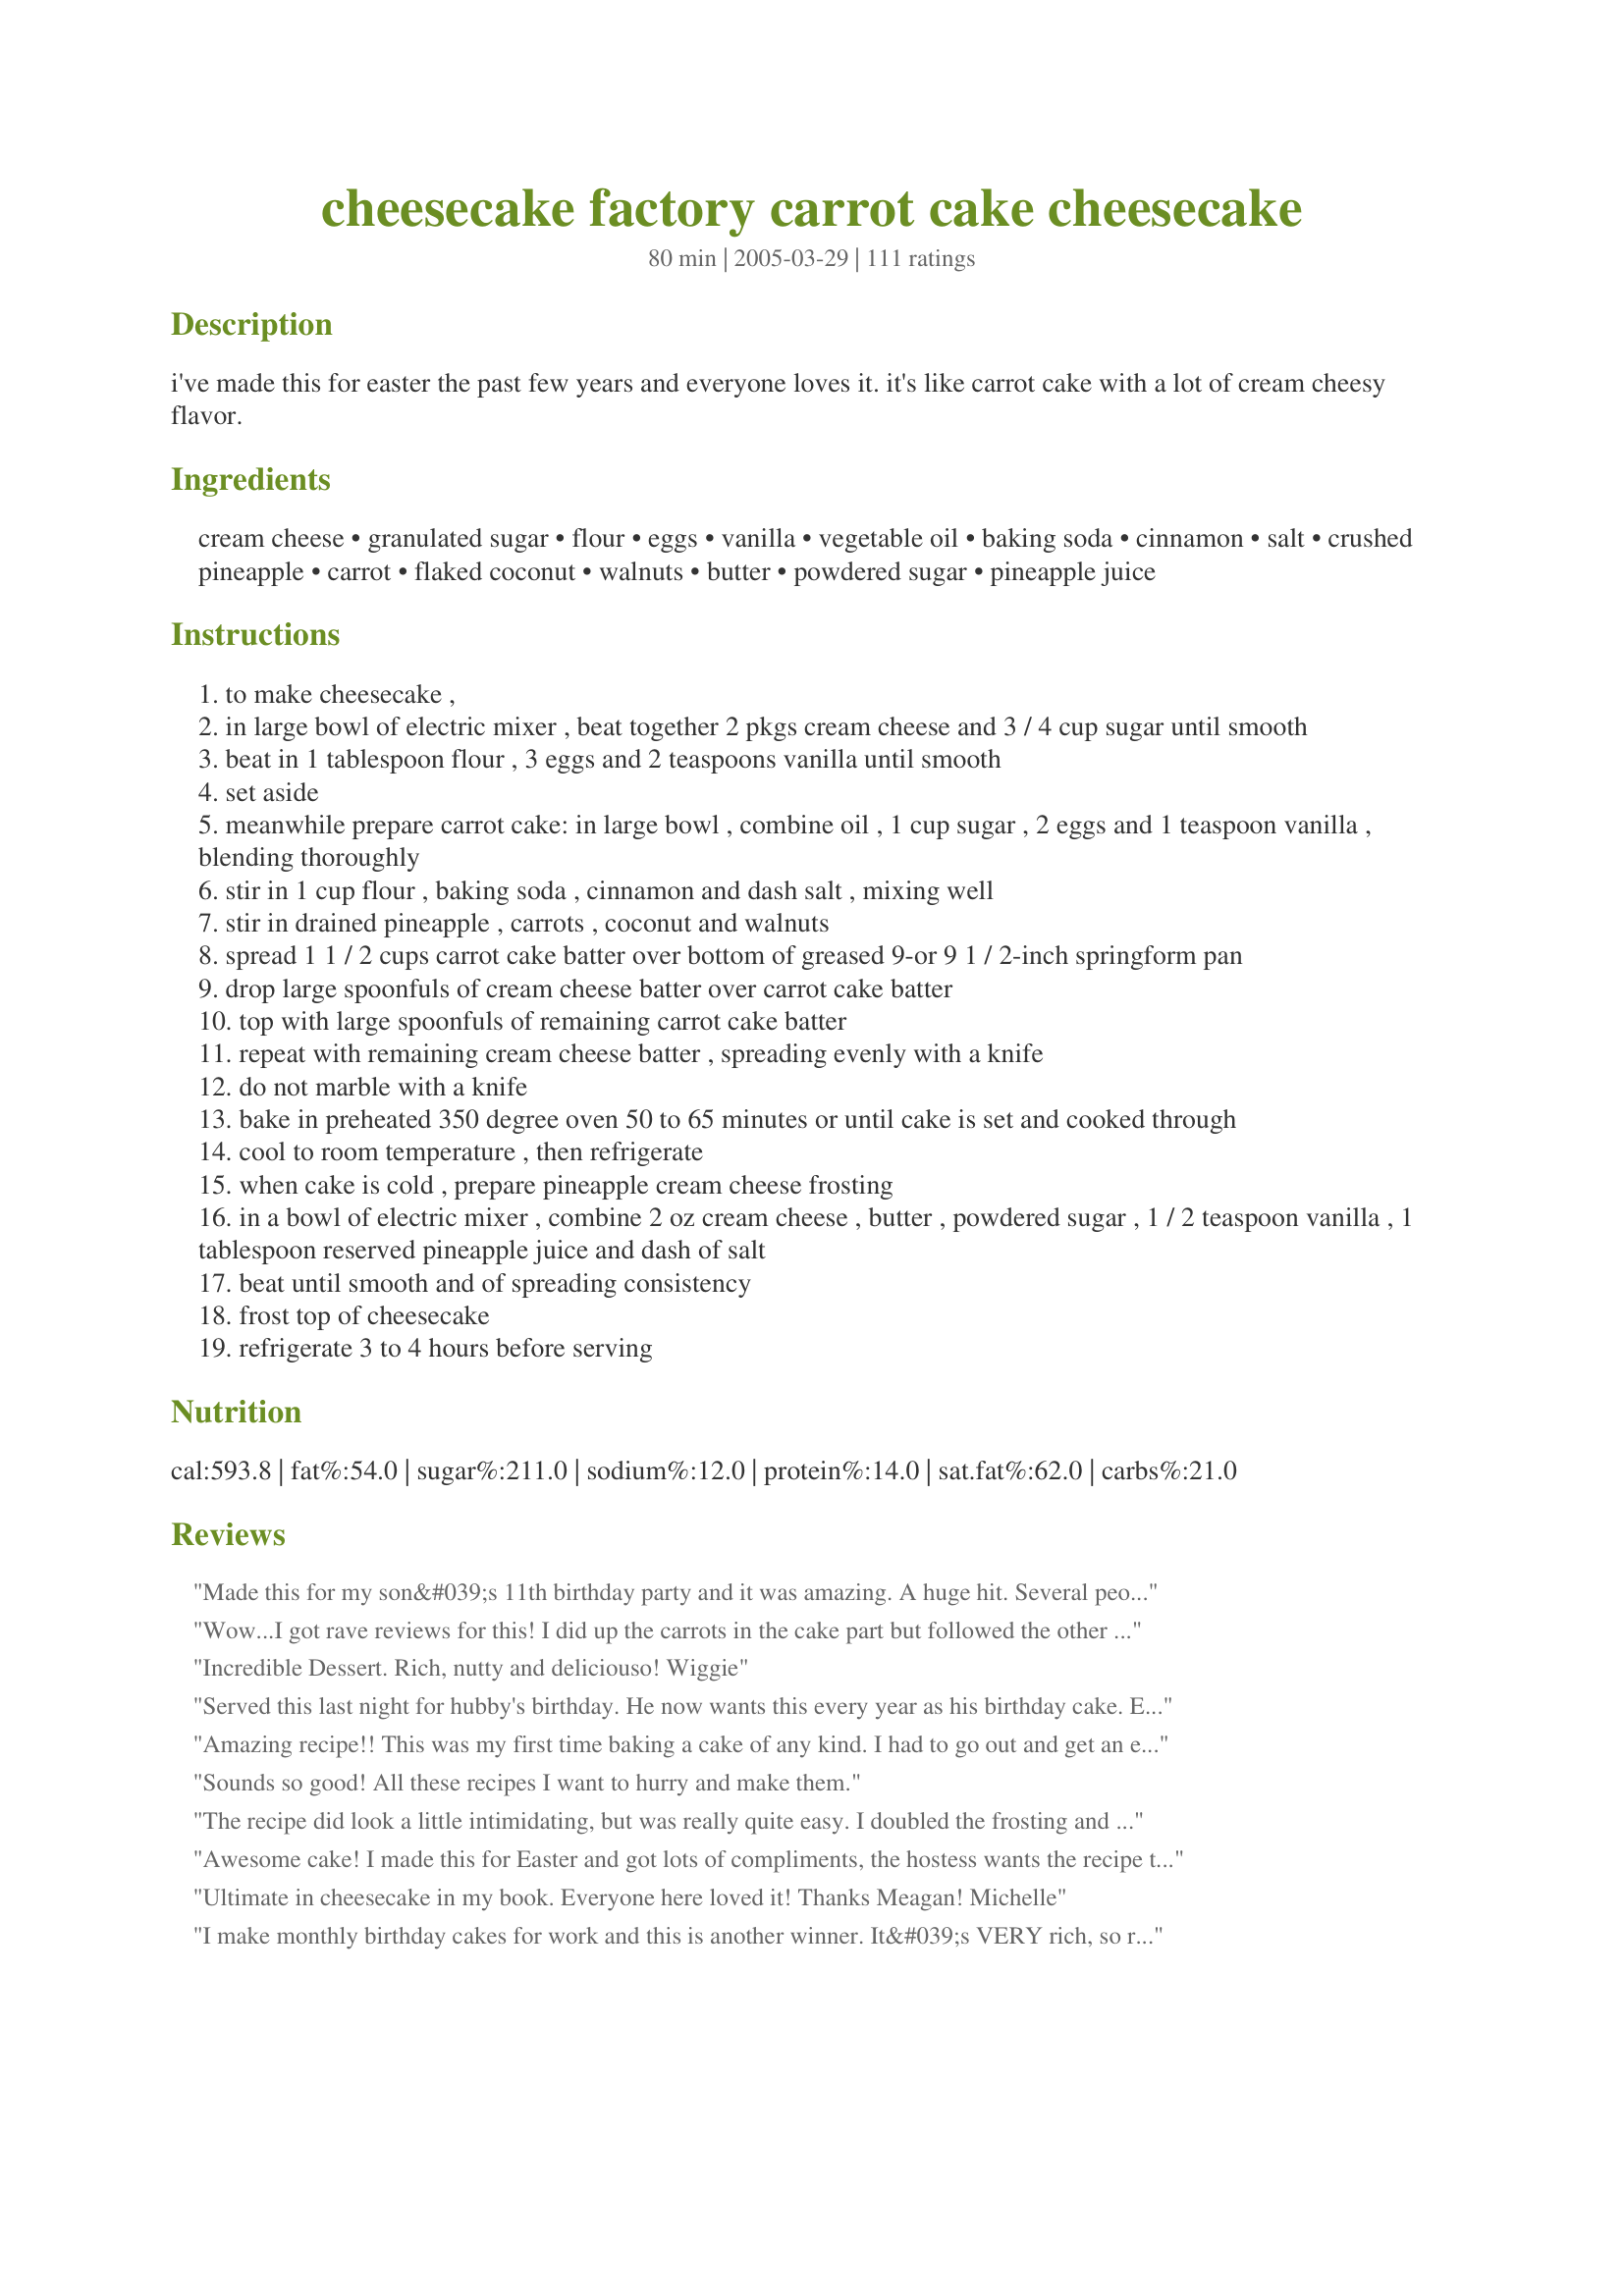
cheesecake factory carrot cake cheesecake
Preparation time: 80 minutes

i've made this for easter the past few years and everyone loves it. it's like carrot cake with a lot of cream cheesy flavor.

Ingredients:
cream cheese, granulated sugar, flour, eggs, vanilla, vegetable oil, baking soda, cinnamon, salt, crushed pineapple, carrot, flaked coconut, walnuts, butter, powdered sugar, pineapple juice

Steps:
to make cheesecake ,
in large bowl of electric mixer , beat together 2 pkgs cream cheese and 3 / 4 cup sugar until smooth
beat in 1 tablespoon flour , 3 eggs and 2 teaspoons vanilla until smooth
set aside
meanwhile prepare carrot cake: in large bowl , combine oil , 1 cup sugar , 2 eggs and 1 teaspoon vanilla , blending thoroughly
stir in 1 cup flour , baking soda , cinnamon and dash salt , mixing well
stir in drained pineapple , carrots , coconut and walnuts
spread 1 1 / 2 cups carrot cake batter over bottom of greased 9-or 9 1 / 2-inch springform pan
drop large spoonfuls of cream cheese batter over carrot cake batter
top with large spoonfuls of remaining carrot cake batter
repeat with remaining cream cheese batter , spreading evenly with a knife
do not marble with a knife
bake in preheated 350 degree oven 50 to 65 minutes or until cake is set and cooked through
cool to room temperature , then refrigerate
when cake is cold , prepare pineapple cream cheese frosting
in a bowl of electric mixer , combine 2 oz cream cheese , butter , powdered sugar , 1 / 2 teaspoon vanilla , 1 tablespoon reserved pineapple juice and dash of salt
beat until smooth and of spreading consistency
frost top of cheesecake
refrigerate 3 to 4 hours before serving

Reviews:
Made this for my son&#039;s 11th birthday party and it was amazing. A huge hit. Several people have asked me to make it for them for their next parties. I followed the recipe almost exactly. Only thing I changed was the temp to 300 and cooked for an hour then left in the oven another hour with it off. It was cooked just right! Will definitely make this again.
Wow...I got rave reviews for this! I did up the carrots in the cake part but followed the other ingredients as written. I did lighten it up a bit by using one pkg regular cream cheese & one light. I also baked it for 55 minutes, shut the oven off and left it for 3 or 4 hours...perfect!
Incredible Dessert. Rich, nutty and deliciouso! Wiggie
Served this last night for hubby's birthday. He now wants this every year as his birthday cake. Excellent! This is the first cheesecake I've ever made. I followed the recipe exactly and it turned out perfect. Thanks MissMeagan!
Amazing recipe!! This was my first time baking a cake of any kind. I had to go out and get an electric mixer, a cake pan and all of the ingredients but was it ever worth it! It sounded a little complicated and I was really unsure how this would turn out, but it was a huge hit. I followed the recipe to a T (which turned out to be a lot easier than it seemed) and it turned out better than I imagined! I brought it to a party and everyone loved it. Pretty much everyone had seconds and then were fighting over who got to take home what little was left. No one could believe it was my first time baking a cake. Thanks so much for sharing this recipe! This is definitely better than the Cheesecake Factory's!!
Sounds so good! All these recipes I want to hurry and make them.
The recipe did look a little intimidating, but was really quite easy. I doubled the frosting and frosted the sides as well. I then pressed chopped walnuts into the sides and sprinkled some on top. My DH loved it. He brought a piece to work, and someone actually stole it out of the fridge!
Awesome cake! I made this for Easter and got lots of compliments, the hostess wants the recipe too. It looks more complicated than it is...it's really one mixer bowl for the cheesecake part, and another bowl for the carrot cake part. Love that. I used 1/4 C applesauce and 1/2 C oil, and couldn't tell at all. I'd recommend baking at a slightly lower temp because for me the edges were very brown by the time the middle was just barely done so I ended up with a sunken center. For the frosting, I used 8 oz creamcheese, 1T butter, and about a cup of powdered sugar after seeing other reviews about the frosting being too sweet. I pressed chopped walnuts on the sides for a fancier presentation. Will make this for special occasions again for sure!!
Ultimate in cheesecake in my book. Everyone here loved it! Thanks Meagan! Michelle
I make monthly birthday cakes for work and this is another winner. It&#039;s VERY rich, so rich I can&#039;t eat much at a sitting (For work, where there are forty people on a given day, that&#039;s a good thing for me!). Everyone raved about it. Definitely going on my regular rotation.
Delicious! I left it on the oven when finished cooking, door closed, oven off. Other than that, I followed the recipe. I will definitely make again.
This was sooo good! Too bad I underbaked it so a huge chunk of it wasn't edible. Make sure you really cook it through! I didn't even put coconut, nuts and the frosting in but it tasted great (at least the edges where it was cooked :))
Unfortunately my family overall did not think this was the greatest. Everyone liked it, and my fiancee thought it was amazing, but the majority just thought it was ok. The recipe was actually pretty easy to make though!
This was very good and everyone liked it, but for me personally it was just a bit too much. I will still definitely make again though.
recipe looked harder than it is !! It's a great combination of a cheese cake and a carrot cake. I served this up to company, and everyone loved it. I did make a change on the topping, as I thought the frosting might be a little rich on cheesecake. I beat 2 8oz. cream cheese with 1 c. white sugar, then folded in an 8 oz. container of Cool Whip. It made a nice creamy topping that wasn't too sweet.
Very nice recipe Meagan!
This recipe is absolutely AMAZING and so easy!!!!!!! I received many compliments on it, some said I should start selling the cake:) Few minor changes, I baked the cake at 325 degrees for 1 hour. Then I turned the oven off, and let it sit in the oven with the door closed for about 45 minutes. I also added nutmeg and doubled the frosting and frosted the side of the cake as well. I cannot believe a cake this good could be so easy !!! Definitely try it out!!
This was a hit. I didn't have pineapple (minor oversight); I subbed a whole shredded, peeled apple and it was wonderful. I also added some nutmeg and a little ground ginger. Didn't make the topping. Thought it was plenty as is. Thanks for the post!
Sorry to go against the grain of what everyone else is saying here...but we found this to be "just okay"...
I made this cake and it was great. I always check the reviews before I start. That way I know where I might have to correct an ingredient. In this case, if you followed the recipe ingredients just as she wrote, the cake will come out fine. I changed the time and temperature and it came out great. The temperature was set at 315 for one and half hours. Perfect!
This is delicious! I used less sugar than the recipe called for, and I baked it at 325 for a little over an hour, but I think next time I might try 300 for even longer...the edges were too brown for my taste but I had to leave it in till the middle was done.
I have made this several times. I usually double the frosting part. It makes it even better! Sometimes it is marbled, and sometimes it is two different layers of cake and cheesecake. It is wonderful either way.
The moistest and most amazing dessert ever...!!!! Where has this been all my life!!!??????
A keeper!
Can this cake be frozen?
Why did I make this; now I can't stop eating it! Bad hand, down, down! So delicious, thank you for a great recipe. I also made this with soy cream cheese (Tofutti) and it tasted just like the real thing.
This looks OUTRAGEOUS! Will keep it in mind for the next time a Special Occaision calls for a Special Dessert! Looks divine...
OMG!! OMG!! OMG!! That was all I heard from the crowd. This is a definite keeper! Thank you so much for the recipe :) I made exactly as written~ perfection!
This WAS wonderful. I made this for Christmas Eve dinner. I had the last piece for breakfast this morning. Now I'm making it again to take to a friends house. Thanks for sharing! I too cut back on the powdered sugar for the frosting and used 8 oz of low fat cream cheese. I also used 8 oz regular cream cheese and 8 oz low fat cream cheese for the cheesecake. It turned out wonderful!
make this exactly like the recipe except I did cook on 300 for hour and 15 minutes came out perfect delicious
Loved this cheesecake! I only had to cook mine for 40 min since my oven cooks fast, and I put 2 tablespoons of pineapple juice in the frosting instead of one. Tasted so good! Thanks for the recipe.
The cheesecake portion was good, but the carrot cake portion was not cooked all the way in the center--despite cooking it a little longer than the directions instructed. I actually wasn't impressed with the flavor of the carrot cake, even the cooked part. Overall, I wouldn't make this again. I think carrot cake with cream cheese frosting is much better than this carrot cake cheesecake. There were a few too many flavors going on, and it wasn't worth all the time and ingredients.
Fantastic! I followed the cheesecake recipe exactly and it turned out great! I have some picky eaters in my group, so I bought shredded carrots (to save time) and chopped them up finer in my mini food processor. I also did the same for the coconut. I did add an additional 1oz of cream cheese to the frosting, because it tasted a little too much like powdered sugar to me. Some of my family even ate seconds and that was after our big Easter feast.

I will make again for sure, but I will try adding some raisins to the carrot cake mix next time.
Loved it! I made it just like the recipe and it was awesome! My husband and parents loved it! Definitely a keeper.
I made this cheesecake a couple of months ago for a party and everybody loved it. My sister-in-law has requested it for her birthday.
I am a lover of the Cheesecake Factory and this carrot cake is my absolute favorite, so I was thrilled to find this recipe here! I made and we devoured it in 2 days! If you love carrot cake, this is IT! Absolutely Fan Freakin Tastic!
Excellent!!! Next time, I will make extra frosting to drizzle down the sides. Really tastes like CF's. My hubby's favorite! Thanks for posting! Yummo!
OMG......this is rich and sinful. I made this for our Easter dessert and it was a huge hit. I have never made a cheesecake before but got some springform pans as a gift, so decieded to try your recipe. I'm so glad I did, it is divine. The combo of carrot cake and cheesecake is AWESOME!!!!! My family couldn't believe i made it.....lol. thank you so much for posting.
this was yummy. i will definitely be keeping this as a great standby :-) thanks so much
I made this for my daughter's birthday. She loves cheesecake and carrot cake. I make a wonderful traditional carrot cake (no pineapple or coconut) so I omitted in the recipe and increased the carrots to 3 cups. It went together beautifully and baked in 60 minutes. Since I didn't use the pineapple in the carrot cake, I did not use the juice in the icing. My daughter loved it. She was unable to take it home, so I brought the leftovers to work and it's a hit here too!
I made this for a friend's birthday and it was wonderful. Very easy to make and has a wonderful taste. I will definitely be making this again. Thanks for a great recipe!
My very first time making this cake was an absolute home run. It was so good in fact that I made it three more times in the course of two weeks. It was awesome until the last time when I tried substituting the cheese with the nuechantele that was on sale...a disaster. My mistake but never again. I had added however, a cup more of carrots. I love it. A great recipe, thank you!
Amazing!!!
This cake is super!! It's not really hard to make and everyone who tried it loved it!!! I have made it three times in the last two weeks because my hubby loves it!!!
I ended up making THREE of these this past year for Christmas! Everyone raved about it. Not difficult at all--but the trick is in organizing your needed ingredients first. Makes it go much smoother. Also--I noticed that this recipe likes to brown on the outside edges first, so I reduced the temperature of my oven to 300 degrees, and just baked it a little while longer. Made all the difference in the world. Loved it!
This cake was amazing!! Everyone loved it! I made the recipe as is and it was a hit!
Made this for Easter supper was a little scared at first seeing as I have never made a homemade cake or cheesecake! Super simple! Thank god!I added PECANS instead of walnuts and made 2 batches of icing :I was worried it would make it too sweet but I iced the too and sides it was perfect I also added pecans to the sides after I iced it, cooked on 325! Everyone loved it!
This recipe is wonderful. Not that difficult, very moist, rich flavor. Thank you so much for sharing...I would highly recommend this for any special occasion.
All I have to say is... WORTH EVERY CALORIE!! I made this for my husband's birthday as he is a carrot cake lover and he loved it (even with whole wheat flour)! The flavor is perfection and it went together with such ease! This was my first cheesecake attempt and it was an absolute knock out!! Thanks for posting this diet-busting delight! :D
This was amazing! We absolutely loved this cheesecake! This recipe is a definite keeper. I doubled the frosting recipe just incase I did not have enough frosting (some recipes do not make enough frosting so I always double the frosting recipe just incase) but this recipe would have been just fine with the frosting as it was. I did have to add a little more pineapple juice because the frosting was so thick and was not to spreading consistancy. That is ok though. Very minor and very easy to fix. I suggest that everyone who loves carrot cake and cheesecake to try this. It is awesome! Thank you so much for the recipe...
For the cheesecake, is the 1 t. vanilla in the ingredient list, or 2 t. vanilla in the directions correct? Please note that the word spoonsful is correct, not spoonfuls.
Oh my goodness!! This cheesecake is the best!! I've never had this kind at the Cheesecake Factory so I can''t comment on how close this one is to the "real thing", but it really doesn't matter...it is really yummy! Those who aren't so crazy about textures may want to omit or reduce the coconut. I doubled the frosting recipe and left out 1/4 c of the icing sugar...it was plenty sweet. Next time, I'll cut a bit more out.
omg! this was soooooo good. i will definitely make it again and again. to start with, i made a few changes. like others, i used half the amount of oil and half apple/mango sauce. it definitely gave it a fruity taste. i think i will leave out either the crushed pineapple or the coconut next time because it felt a bit too dense even for carrot cake or maybe i will add more carrot instead. with the icing, the cake is sweet enough to withstand more carrot. i also halved the sugar in both the carrot cake and the cheesecake. this did not seem to take away from the taste. i also think that three eggs might be too many as my cheesecake portion seemed a bit thin and i added more cream cheese. perhaps my eggs were too big. in any case, it was a dream!

i made it for my birthday and i have a friend who now wants one for his. he has fond memories of his mother's carrot cakes for easter and birthdays. this is perfect!
Oh my god PERFECT.....
i used half creamed cheese and half tofu because thats all i had on hand and YUMMMMMMY....
thanks for sharing this MissMegan
I can't rave enough. This is delicious! My oven cooks fast so I baked at 300 for 1 hr. 10 min. I also added nutmeg and ginger powder, and used 1/2 oil and 1/2 apple sauce as advised by other posters. Yummy yum yum!
I found that the carrot cake portion of this, once cooked, came out really dense and dry. I didn’t even really want to eat the cake part and more just scooped out the cheesecake portion. I made a regular cream cheese frosting and just thinned it out a little more than I would for cupcakes, I used that on top and it was a perfect addition. Overall, I wouldn’t make this again.
My DD requested this for her birthday cake, so I made it and it was eaten and enjoyed by everyone! Since carrot cake is my favorite I had no problem at all making this and helping to devour it :) This is a 10 star recipe if you ask me, and we will enjoy it for years to come, you can bet on it!
Everybody loved it on Christmas Day, 2005. I am going to make it again for another party next weekend. Thanks for sharing a winner recipe.
OMG! I made this for Thanksgiving and my family loved it! I will definitely make it again, but will double the frosting. I also reduced the temperature to 325 degrees.
Amazing!!! Brought this down to my family for New Years, and it was gone in no time!! I subbed in raisins for the walnuts, and it was still so good!! My mom missed the crunch of the nuts, but my dad and also my husband were very happy that I didn't put nuts in. This was so easy to make!!! Thank you so much for sharing!!!!! If I could give more stars I would!!!
Everyone loved this! They thought the frosting made a nice touch, too. It is a lot easier to make than it looks. I did bake with a cookie sheet underneath to catch any drippings. (There were a few)
This was a pleasure to make! Easy directions, out of this world taste, the only change I made was to leave out the coconut(personal preferance). I made this for my 71 yr. old neighbor's birthday and everyone raved about the cake! Hardly anyone talked, just enjoying every single bite! Many thanks for sharing. I will definately be making this again, like tomorrow! Thanks for sharing. Wonderful dessert.
I just wanted to say thank you so much AGAIN! I have made this supberb cake for so many people I've lost count! Fantastic cake! Thanks again!
This is a rich and wonderful cake that impresses with it's uniqueness. I made this as a birthday cake for someone who loves carrot cakes and cheesecakes and this was the best of both worlds. A huge hit!
Delicious cake. A little sweeter than I like and I almost omitted the frosting . I cheated a little by using some store bought cream cheese frosting I already had and thinned it with the pineapple juice. I only used a small amount just so I could sprinkle chopped nuts on top. I think it would be better with whipped cream and no frosting. The recipe was super easy to make. I used my food processor to chop nuts, grate carrots and to mix my cheesecake batter so it was easy clean-up.
I made this for Easter and everyone really liked it. It wasn't too sweet, as I thought it was going to be because of the ingredients. This was my first attempt at a cheesecake and I'm glad I tried this recipe. It was pretty easy to make and tasted great. Thanks for a wonderful hybrid!
others liked it but not my favorite bc i guess im more traditional in my cheesecakes. BUT my friend's husband who supposedly doesn't like sweets or cheesecake that much, liked this cheesecake! my bf also liked it. with the exception of i have to find out what my future mother-in-law- says, it is worth it. a bit intimidating, but once you get beyond the mincing of the carrots, it's not bad.
I made this for Easter day dinner and it was a huge hit with everyone. This is definitely a keeper recipe that will be made over and over. I would give this 6 stars if I could.
Very good cake! Great combo of my two favorite kinds of desserts! Made for an Easter dinner party, but will make again soon. Thank you!
Outstanding cheesecake dessert in spite of the fact that I accidentally through in a full tsp of salt instead of a DASH! I was really concerned, but it actually was fabulous. I was worried the dessert might be over-the-top sweet, but it really wasn't at all (but then again it had some extra salt to offset it, he he). I will definitely make this again. It'd be a great dish for Easter.
Rating on taste, not on frosting or layering technique. For our anniversary my husband and I wanted a carrot cake and a cheesecake and came across this recipe, it was very good, especially the next day. Although we used Alton Brown's cream cheese recipe, because my husband didn't want the pineapple icing, and his only complaint was that the icing tasted too much like the cheesecake and he would have liked something with a different taste! We only made half the recipe so we wouldn't eat the whole thing ourselves and we made it in a silicone bread pan It baked it for 25 minutes and we shut the oven off while the cheesecake center still slightly wobbled and left it for 4 hours so the cheesecake wouldn't overbake. Then we refridgerated and iced later.
Amazing combination of carrot cake and cheesecake, and incredibly good! This recipe is a masterpiece! Thanks Meagan!
Made it for a get together, and everyone loved it. I love the combination of cheesecake and carrot cake, you definitely get the best of both worlds. Thank you for sharing this recipe!
My boyfriend and I were in a cooking competition on who could present each other with the better dinner for Valentine's Day. This is the dessert choice I made and it was awesome!!! However, his dessert won out! This is still a five star recipe all the way though. I served it with a huge scoop of Vanilla Bean ice cream to accompany it. Very much enjoyed by both of us! Cassie
All I have to say is WOW! I was looking for an unusual cake to decorate for a potluck and I stumbled across this one. I liked that it has icing on the top that I could tint with food coloring and decorate, etc. The taste is exceptional as well. Everyone at the potluck raved about this cake. Thanks so much for this great recipe!
The best cheesecake and carrot cake recipes I've tried - and I've tried a lot! Only 4 stars because: 1) The layering doesn't really work because the cheesecake batter is too liquidy, so putting a layer of carrot cake basically means mushing them together - resulting to a marbled effect(?) which is ok if thats what you want. I want a layered cake, so what i did was to split the batters into 2 x 2 layered cakes, then stacked them up afterwards. 2) Frosting recipe turned out runny. I made a marshmallow frosting thats what i used. Yum! I also used a smaller cake tin (7inches) which resulted to a higher layered cake (remember 2 x 2 layers!). Quite impressive, I must say! So this recipe can work for a 4 layer cake, or half a recipe for a 2 layer (and equally delicious) cake!
I have made this same recipe often. It is a great mixture. I have yet to meet anyone who does not like this! There are a lot of steps but the effort is well worth it.
Followed instructions &quot; to the t&quot;. Cake came out so good! Looking good, testing great! Thank you for the recipe. Will definitely continue baking it. One change made- didn't have walnuts so substituted for almonds. Taste great anyway.
Its so good. My whole family loved it. I didn't have a springform dish, so I used whatever I had in the house. Still came out perfect. I'll make it again.
it was okay but there was way to much carrot cake and not enough cheesecake also the cake was not as sweet as i would have hoped
I made this for Easter dessert as a variation of carrot cake. It's very good though the icing was a little sweet. Maybe I'll cut some sugar and the butter out to reduce the calories. 
Very easy to make, especially if you have any experience with cheesecakes already.
This turned out wonderful, was fairly easy to make, and everyone loved it. I dyed some of the frosting orange and made little carrots on the top with a ziplock bag with the corner cut off, then used a green gel frosting for the leafy part of the carrots (uploaded pic). The carrot cake part balances out the richness of the cheesecake very well. This is definately getting printed and entered in my favorite recipe binder.
I made this for my husband's birthday because he wanted a carrot cake and a cheesecake. He and others at the party absolutely loved it! I thought it was good but not my favorite but I think that is just a personal preference. I doubled the frosting and made half of it white and half of it turquoise and decorated the top with a pretty design (I submitted the picture!) Also, I would reduce the temperature to 300 to 325 degrees and increase the baking time to 1 hour and 20 minutes to make sure it gets cooked through all the way and the edges don't burn.
This is my favorite cheesecake at the Cheesecake Factory, and I was tickled pink to find it here! I made for my family dinner for Easter and it was eaten in no time flat! Everyone LOVED it! This is going in my special recipes file for future use, and I can guarantee you, I will be making it often.
This was a happy ending to my most delicious Easter dinner that I can remember! The flavors from the pineapple, coconut and nuts were totally delicious, and this carrot cake is one step above the norm! I used 1 full c. of nuts, because we love them so much and with the addition of the cheesecake layer, this is a sure fire winner for my crew! Thank you for sharing it Meagan! Ida
There are no words good enough to describe this amazing cake! I am completely speechless. Well worth the time and effort (and the wait time for it to chill). Anyone who doesn't try this recipe is a fool! ;)
This cake is amazing! I've made it a few times already and everyone raves about the wonderful combination of carrot cake and cheesecake. It doesn't need frosting, but I usually double the amount and add additional powdered sugar so I can pipe stars on top for a finished presentation. Thanks from me and my extended family for a great recipe! I will be making this for years!
I ate this cheesecake at the Cheesecake Factory and thought it was just so unique and tasty that I had to try to make it for myself. So for our Pioneer Girls Bake-Off competition I dared to whip it up and it's actually much easier than it appears! My only problem was that after I refrigerated it for a day then tried to transfer it to a cake plate, I noticed the whole middle wasn't cooked! So I ended up making a 2nd one (oh darn, I had to eat the first myself!) and this time tweaked the recipe a bit:
1) I added only about 1 TBSP of chopped pineapple, as I thought that maybe it was too wet.
2) After baking for 60 minutes, I reduced the temperature to 300 and added approx. 20 minutes of baking time (I have an electric oven and I certainly didn't want to have a runny middle again!)
3) I made my own glaze of 3 oz. cream cheese, 1 1/2 c. powdered sugar, a dash of milk and just a bit of vanilla. Then I topped it with chopped walnuts.

Also to note-- this cheesecake is not supposed to have a crust, as the carrot cake actually serves in that function so don't worry that it has no graham crackers. And alone the cheesecake is quite good, not too sweet and very mild; but with the glaze... whoa watch out for sweetness! Everyone at the contest was wowed by the idea of it and although I'm not an expert cook and haven't even made a cheesecake in maybe 10 years, I still won first place! The ingredients speak for themselves-- who can resist cake and cheese?!?
This was fabulous! I made it for a dinner last night and it got rave reviews. I did not add the coconut or nuts and I made a different topping. I mixed cheese cheese, sugar, whipped cream and crushed pineapple together and used that as a topping. Thanks for a great Recipe
I made this amazing cheesecake for my beautiful sister&#039;s wedding shower over the weekend, it was a huge hit! Everybody loved it, including the bride-to-be/cheesecake lover. Great recipe!
I forgot the coconut, so I just used more carrots, I used canned cream cheese icing and iced the sides and pressed chopped walnuts into the sides and top. The result was very impressive! For very little work, this is a 5 star treat! I admit I was intimidated at first, but it was simple. I made this for Mom on mother's day, she LOVED it and because it was mother's day, my hubbie washed all the dishes!!! Good post!
This was my first attempt at Cheesecake. As a guy w/ no baking experience, I've been wanting to try baking cheesecakes for fun. My other half loves cheesecake and Carrot cake, so thought this recipe would be a good first for me. Easy to follow, went together as expected, and the cream cheese frosting is a provides a nice sweet balance to the Carrot cake, and the cheesecake. (I used packaged carrot matchsticks, rather than grating carrots, and they gave a nice texture to the cake portion of the recipe).. (I used 3 oz's of cream cheese in the frosting rather than 2 ozs, to tame down the sweetness also).. My other half says, this cake is a "must make again" recipe!
This recipe does not deserve 5 stars. It deserves 10 stars. I may be partial because carrot cake and cheesecake are my 2 most favorite desserts so putting them together put me over the edge in happiness. It was delicious. Next time I will play a little bit more with the time and temperature. I think I will go a little lower on the temperature and bake it for a little longer. The very, very middle of the cake was very soft but I couldn't leave it in any longer or the top would have developed cracks. I suggest adding a dash of salt to the cream cheese frosting. This is a winner of a recipe.
This was so good! A new favorite for our family. The longer it sat the better it tasted.
I have never been to the Cheesecake Factory but I can only say OMG!! This was so good and I was not alone in my critique.
OUtstanding! I took this to work for a luncheon. Everyone thought I bought it. I wouldn't change a thing it was perfect. Thanks MiessMeagan!
Wonderful Recipe!! This was my first attempt at making any type of cheesecake and it turned out great. Surprisingly easy! The recipe has some 'typos' the ingredient list for the cheesecake portion mentions vanilla but says 1 tsp then it says to add 2 tsps of vanilla in the directions. Also, the ingredient list for the frosting does not mention salt and the directions say to add a dash of salt. Not to big of a problem, but thought I should mention it. I used only the 1 tsp of vanilla in the cheesecake mixture and did not add the salt to the frosting. Such a great cheesecake, everyone loved it! Thank you!
OMG... was this cheesecake good! I made some small substitutions, like I eliminated the coconut (yuck...lol) and added more pineapple juice to the &#039;frosting&#039; to make it more of an icing glaze, which worked really well and cut down on a lot of the extra sweetness from all that powdered sugar. Overall, this recipe was incredibly easy to make. This was my first time making a cheesecake and it turned out wonderfully. I highly recommend this recipe!&lt;br/&gt;&lt;br/&gt;Updated 11/19/07: Last week I visited the Cheesecake Factory in Las Vegas and I had to try this in the actual restaurant. I was extremely surprised when I found that this recipe is actually better tasting then the one they serve in the restaurant (or maybe I just got a not so great one that day). I highly recommend this one though!
The best!
I made this for Easter this year and everyone loved it! I tinted some additional coconut green and put it on top of the frosting then put some jelly beans on top of that.
VERY good recipe! I made this for my Dad's b-day...carrot cake is his fav., but thought I'd try this out to switch it up a bit. Not to mention..I am a big Cheesecake Factory fan!
Excellent compliments from my entire family...my grandmother honestly could NOT believe that I made it myself! Haa haa..
The only changes i made were:
*whole wheat flour (instead of white)
*cane sugar (instead of granulated)
*light olive oil (instead of veg. oil); and did 1/2c. oil & 1/4c. organic unsweetened applesauce
*tried to use as much organic ingredients as possible
The only complaint I have, is that it sunk a little in the middle..and seemed a little "uncooked" in there once cutting it? Not sure how to stop that from occuring...?
All good otherwise!!
I also found it to be a little on the sweet side. For the frosting I used 6oz cream cheese and just 1 cup of sugar. It balanced the sweetness pretty good. Mine did not crack. even though I din not use a water bath. Turned out very good!!! Will make it againg and again with minor tweaks and will be using a water bath.
I have made this twice and both times it didn't last over 1 day! My husband, me and the family loved it. I did make some little tweeks because I don't care for pineapples but I know its there for moisture so I only put in about 1/8 of a cup. And I didn't use coconut at all. I did everything else and it turned out great. Thanks
Made this as a Thanksgiving dessert and everyone LOVED it! I wasn't as impressed...seemed to have too much carrot cake and not enough cheesecake. But everyone else wanted the recipe - so I guess that's all that matters!
cake part went mouldy within a day (I refrigerated after putting icing). This never usually happens with my bakes :(&lt;br/&gt;&lt;br/&gt;I also added a little nutmeg. taste/ texture was 5* :)
One of my favorite recipes.Like other review said, lower the temp for longer work best.
Without frosting, this was not very good. FROSTING was sickning, way too sweet so I fixed it... oh boy... I didn&#039;t know how to lessen the sweetness level so with an amateur try... WOW, I did it - I added one extra T of melted margarine (that did not do it, so... ) then, I added 1 teaspoon of lemon juice and WOW!!!! I was eating the frosting without the cake, lol. It was a great fix!
This was a huge hit with my family on Christmas 2005
This was much easier to make than I first thought it would be, and it turned out fantastic. I eliminated the walnuts from the recipe (replacing them with equal amount of raisins) but added finely chopped toasted walnuts to the outside. Trying to mimic the recipe photo's marbled inside, I tried to be a bit more whimsical with the mixing of the two batters than I think I normally would. I carried that theme to the decoration, avoiding &quot;finishing&quot; it for a bit more of an artistic look. I can see why some might think the taste has too many flavors, but not me... I think it tastes great!
Loved it, I followed other comments in reducing temp to 300 and baking for 1hr 15. I didn't follow icing recipe though (I ran out of icing sugar) so it was very runny.
I served this at an open house party that my husband and I had at our new home. It was a hit. A great twist on carrot cake and a cheesecake.
I love this recipe this is the perfect combo. Now I use the method to make other cake/cheesecake combinations I'm hooked.
If your a carrot cake lover like I am, this one will tantalize your taste buds! I overindulged big time on this cake, and I didn't care either. It was delicious!
